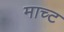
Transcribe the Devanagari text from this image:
माच्ट